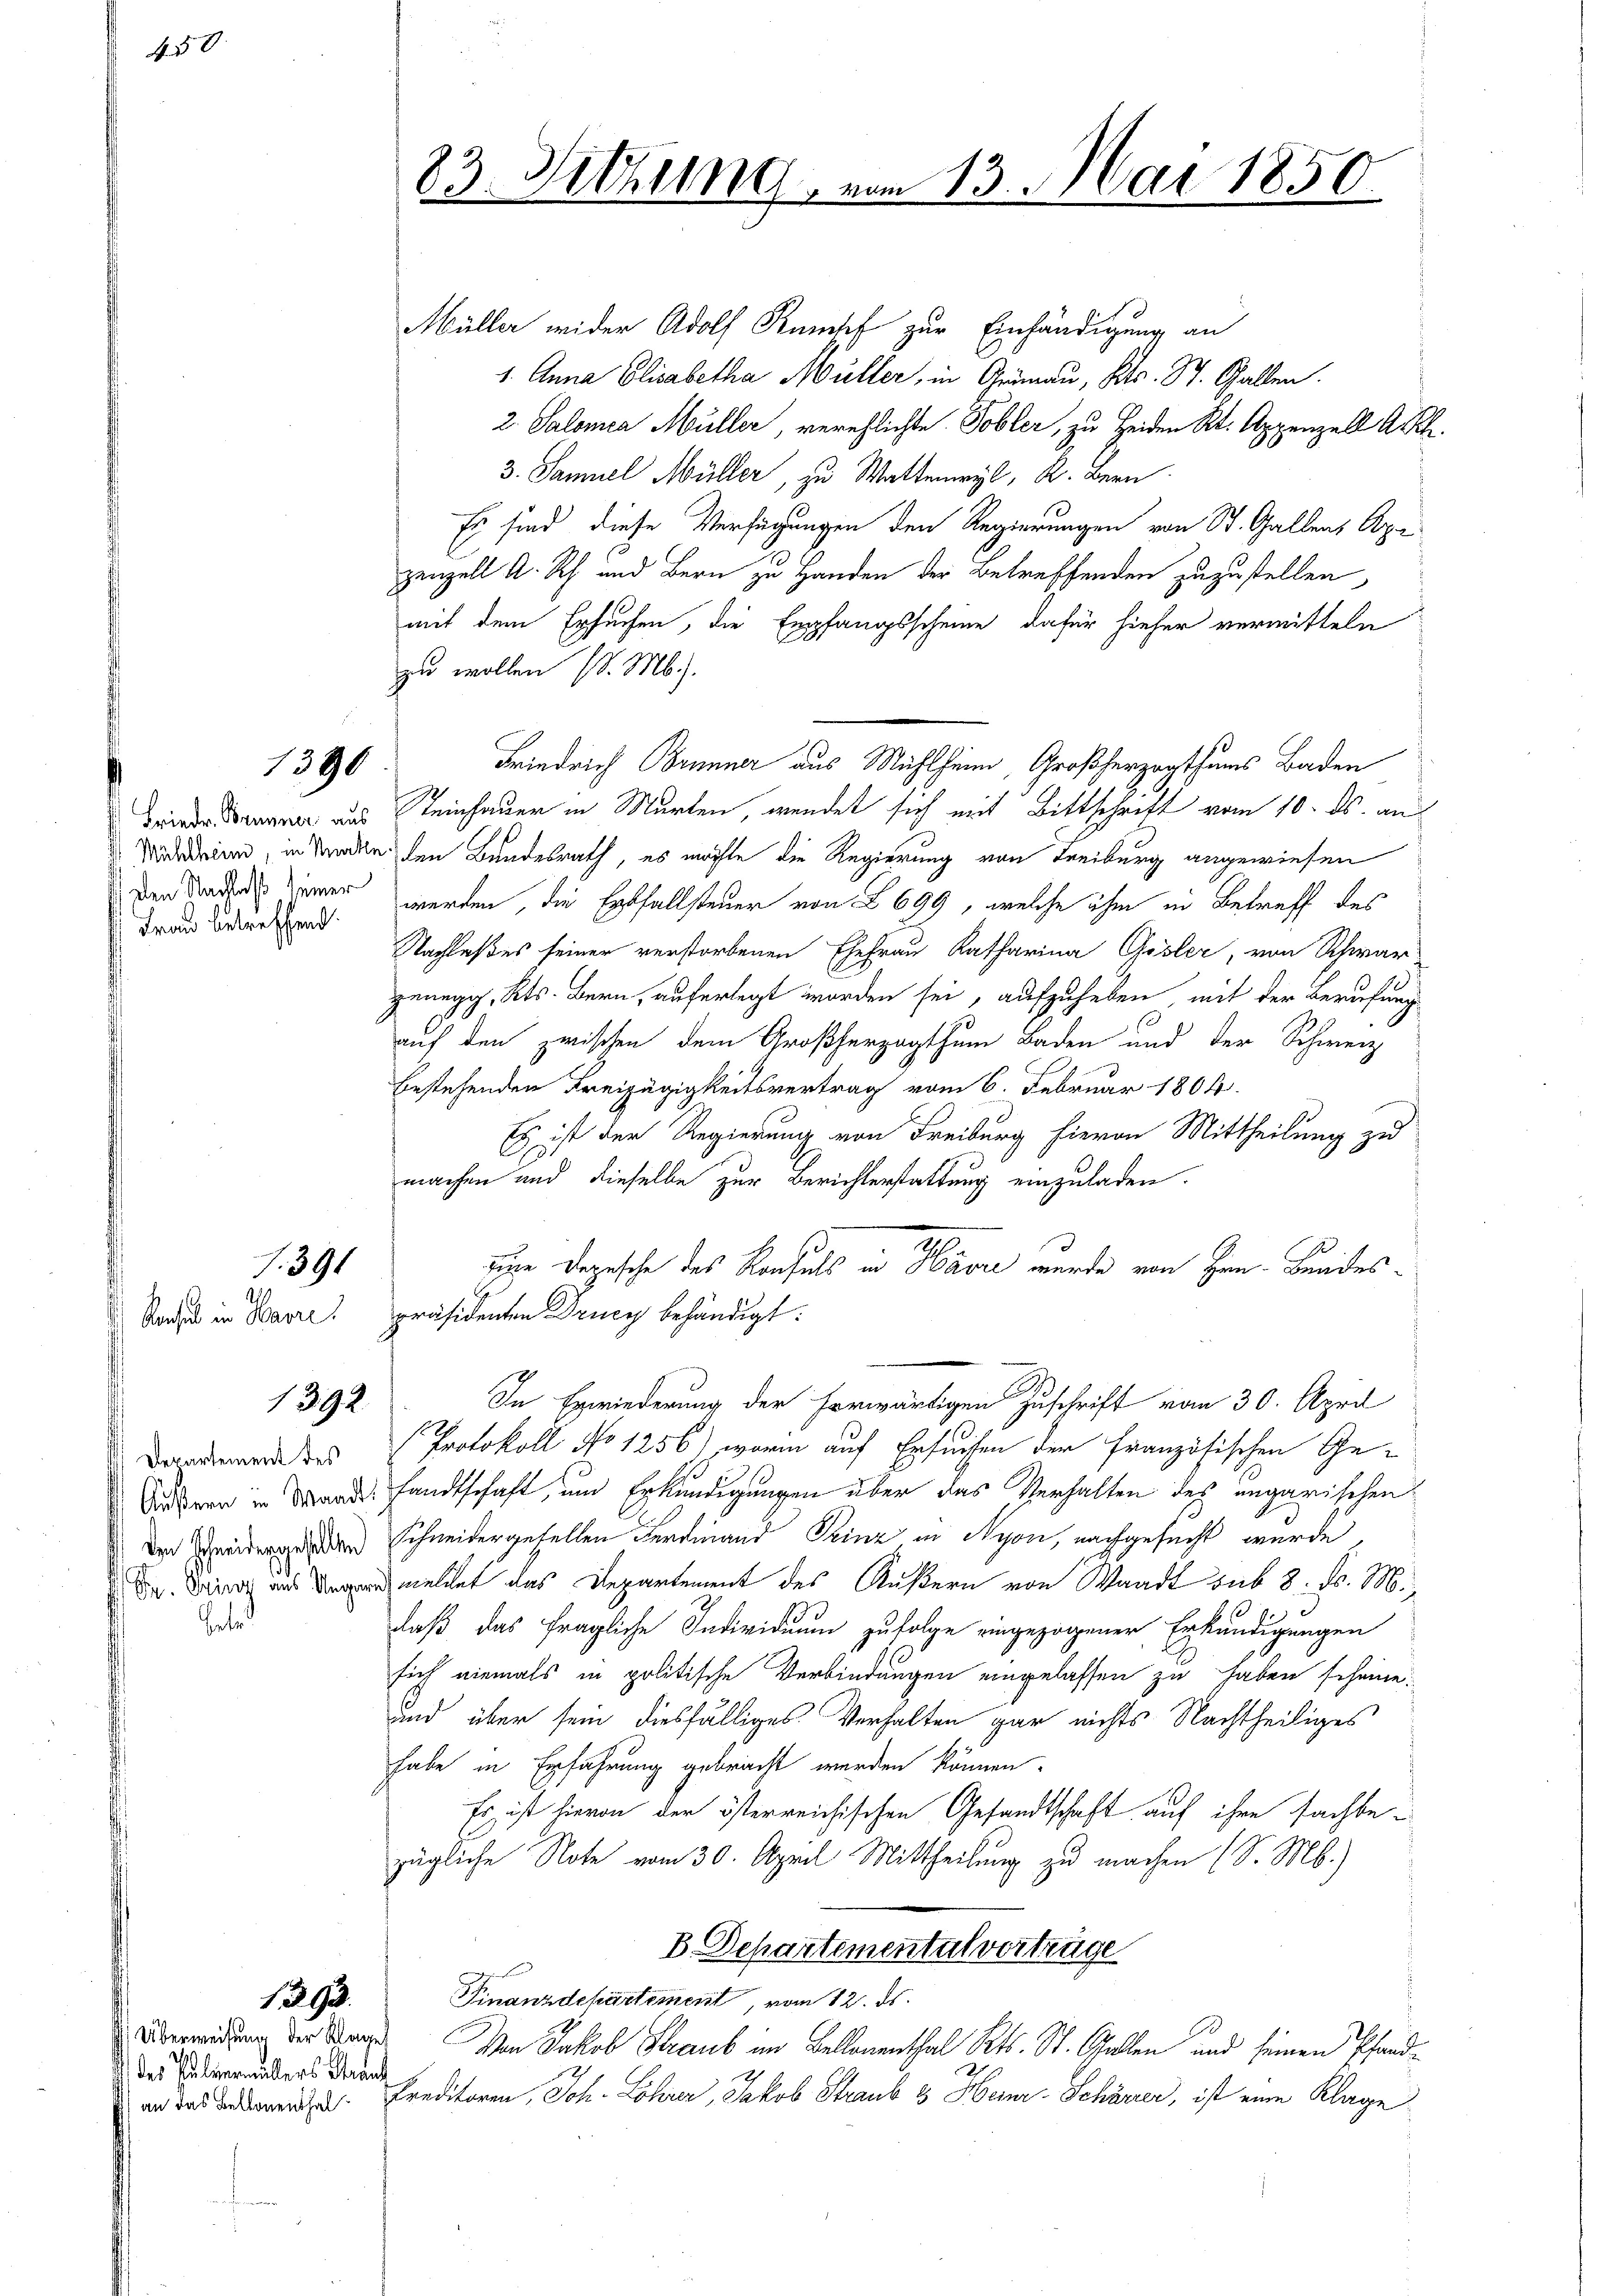
450.

Pate

Konsul in Havre!

1390

Frau betreffend:

1. 391
21.

1392.

Departement des
Äußern in Waad
Den Schneidergesellen
Sy. Prinz aus Ung

1393.

Überweisung der Klagen
) des Kleinermüllers Strank

3

Sitzung

m 13. Mai 1850

Müller wider Adolf Kumpf zur Einhändigung an
1. Anna Elisabetha Müller, in Grünau, Kts. St. Gallen.
2. Salomea Müller, verehlichte Tobler, zu Heiden Kt. Appenzell Ah
3. Samuel Müller, zu Wattereyl, K. Bern
Es sind diese Verfügungen den Regierungen von St. Gallen, Ap
zenzell A. Rh. und Bern zu Handen der Betreffenden zuzustellen
mit dem Ersuchen, die Empfangsscheine dafür hieher vermitteln
zu wollen (d. M.).
Friedrich Brunner aus Mühlheim, Großherzogthums Baden
Deiner Brunner aus einhauer in Murten, wendet sich mit Bittschrift vom 10. ds. aus
Nodedien, in Saale den Bundesrath, es möchte die Regierung von Freiburg angewiesen
den das derer werden, die Erbfallsteuer von § 699, welche ihm in Betreff des
Nachlaßes seiner verstorbenen Ehefrau Katharina Gisler, von Schwar
genegg, Kts. Bern, auferlegt worden sei, aufzuheben mit der Berufung
auf den zwischen dem Großherzogthum Baden und der Schweiz
bestehenden Freizügigkeitsvertrag vom 6. Februar 1804.
Es ist der Regierung von Freiburg hievon Mittheilung zu
machen und dieselbe zur Berichterstattung einzuladen.
zire densche des Konsuls in Havre wurde von Hrn. Bundes
präsidenten Drucy behändigt:
In Erwiederung der herwärtigen Zuschrift vom 30. April
Protokoll No 1256), worin auf Ersuchen der französischen Ge-
fandtschaft, und Erkundigungen über das Verhalten des ungarischen
Schneidergesellen Ferdinand Prinz in Nyon, nachgesucht wurde,
warmeldet das Departement des Äußern von Waadt sub 8. ds. M.,
.
daß das fragliche Individuum zufolge eingezogener Erkundigungen
sich niemals in politische Verbindungen eingelassen zu haben scheine.
und über sein diesfälliges Verhalten gar nichts Nachtheiliges
habe in Erfahrung gebracht werden können.
Es ist hievon der österreichischen Gesandtschaft auf ihre sachte
zügliche Note vom 30. April Mittheilung zu machen (S. M.)
B. Departemental vertrüge
Finanzdepartement, vom 12. ds.
Vom Jakob Straub im Bellenenthal Kts. St. Gallen und seinen Pfand¬
und das anderend des Preditoren, Joh. Löhner, Jakob Straub & Heinr. Schärrer, ist eine Klage

2